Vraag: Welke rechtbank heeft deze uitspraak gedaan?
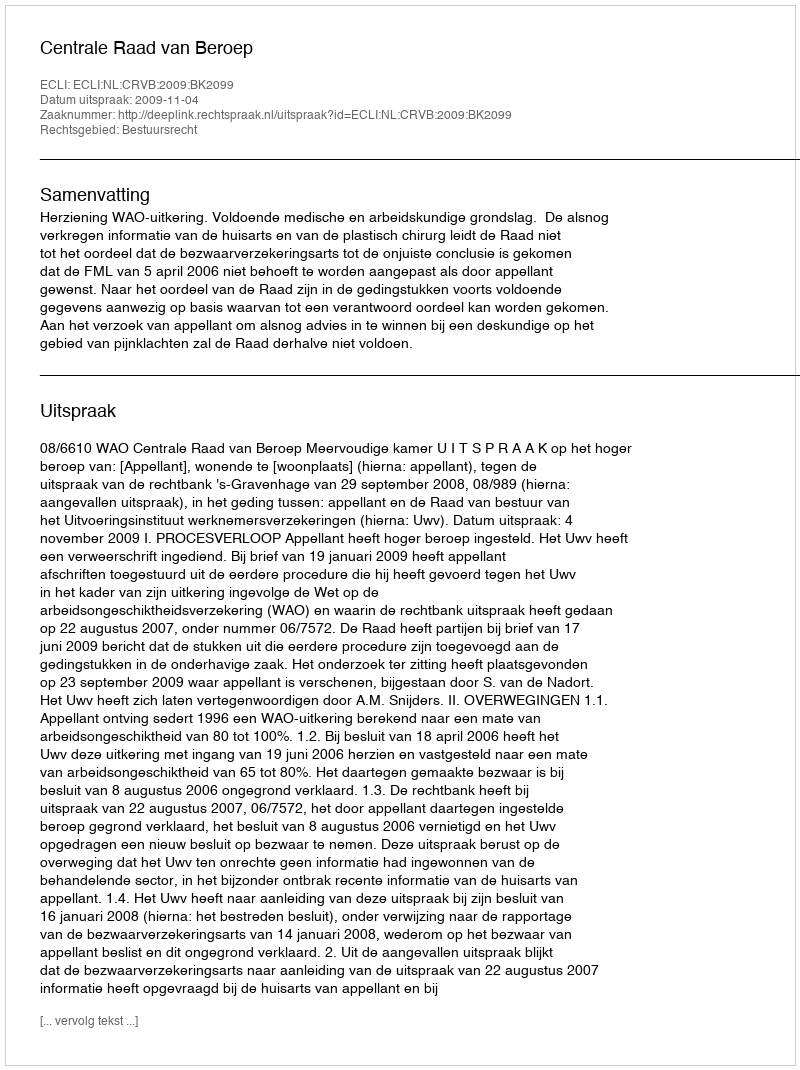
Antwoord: Centrale Raad van Beroep